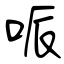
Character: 哌